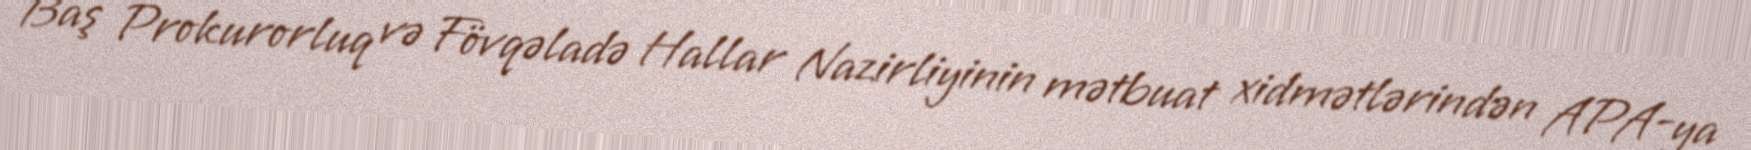
Baş Prokurorluq və Fövqəladə Hallar Nazirliyinin mətbuat xidmətlərindən APA-ya